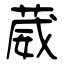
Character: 葳